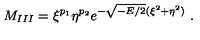
M _ { I I I } = \xi ^ { p _ { 1 } } \eta ^ { p _ { 2 } } e ^ { - \sqrt { - E / 2 } ( \xi ^ { 2 } + \eta ^ { 2 } ) } \ .